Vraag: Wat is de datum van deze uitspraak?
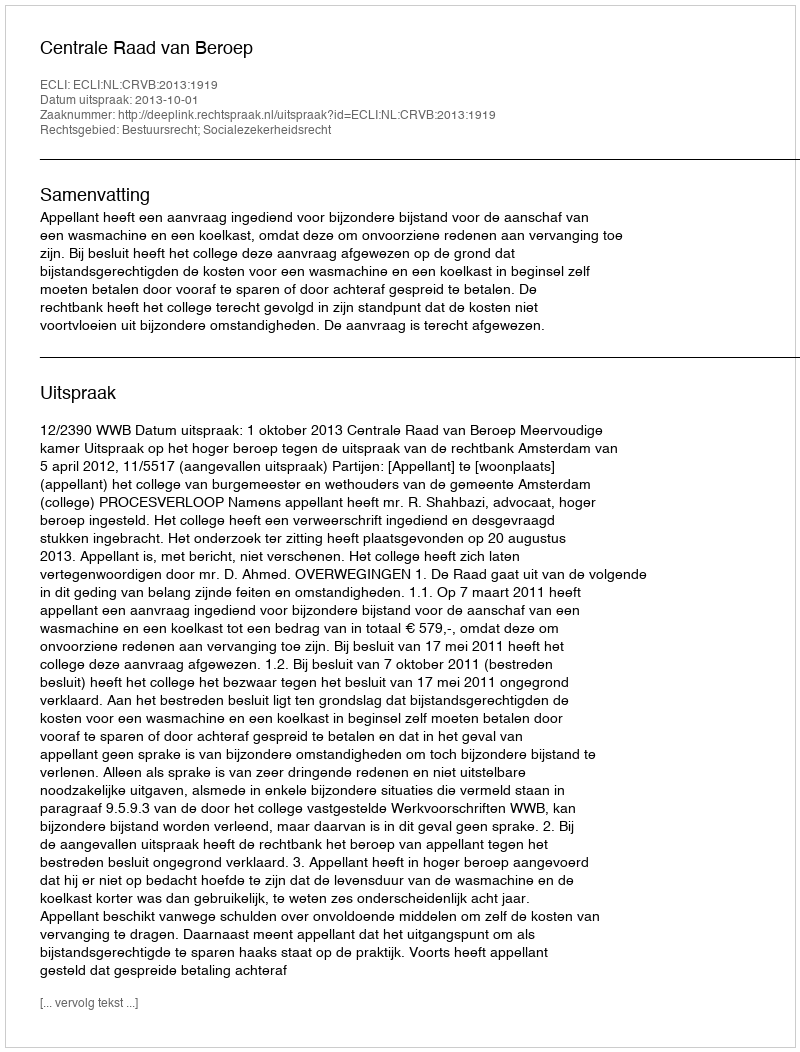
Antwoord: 2013-10-01